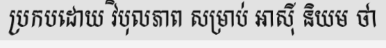
ប្រកបដោយ វិបុលភាព សម្រាប់ អាស៊ី និយម ថា